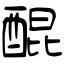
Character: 醌